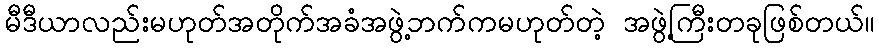
မီဒီယာလည်းမဟုတ်အတိုက်အခံအဖွဲ့ဘက်ကမဟုတ်တဲ့ အဖွဲ့ကြီးတခုဖြစ်တယ်။